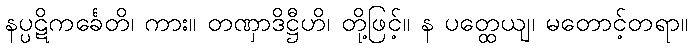
နပ္ပဋိကင်္ခေတိ၊ ကား။ တဏှာဒိဋ္ဌီဟိ၊ တို့ဖြင့်။ န ပတ္ထေယျ၊ မတောင့်တရာ။